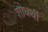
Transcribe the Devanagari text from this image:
शोधर्थी